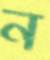
ন